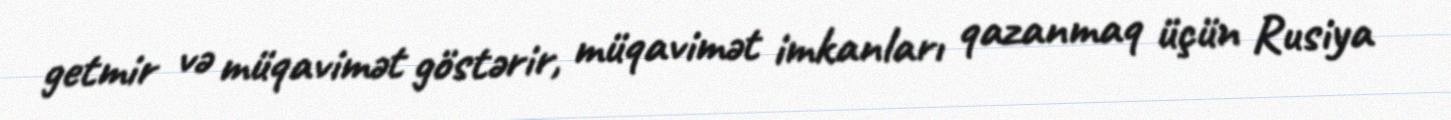
getmir və müqavimət göstərir, müqavimət imkanları qazanmaq üçün Rusiya